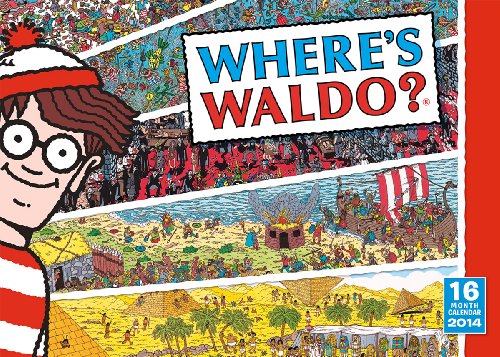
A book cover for Where's Waldo? 2014 Wall (calendar); Martin Handford; Calendars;